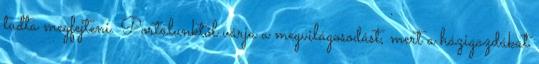
tudta megfejteni. Portálunktól várja a megvilágosodást, mert a házigazdákat